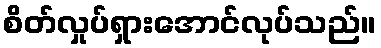
စိတ်လှုပ်ရှားအောင်လုပ်သည်။